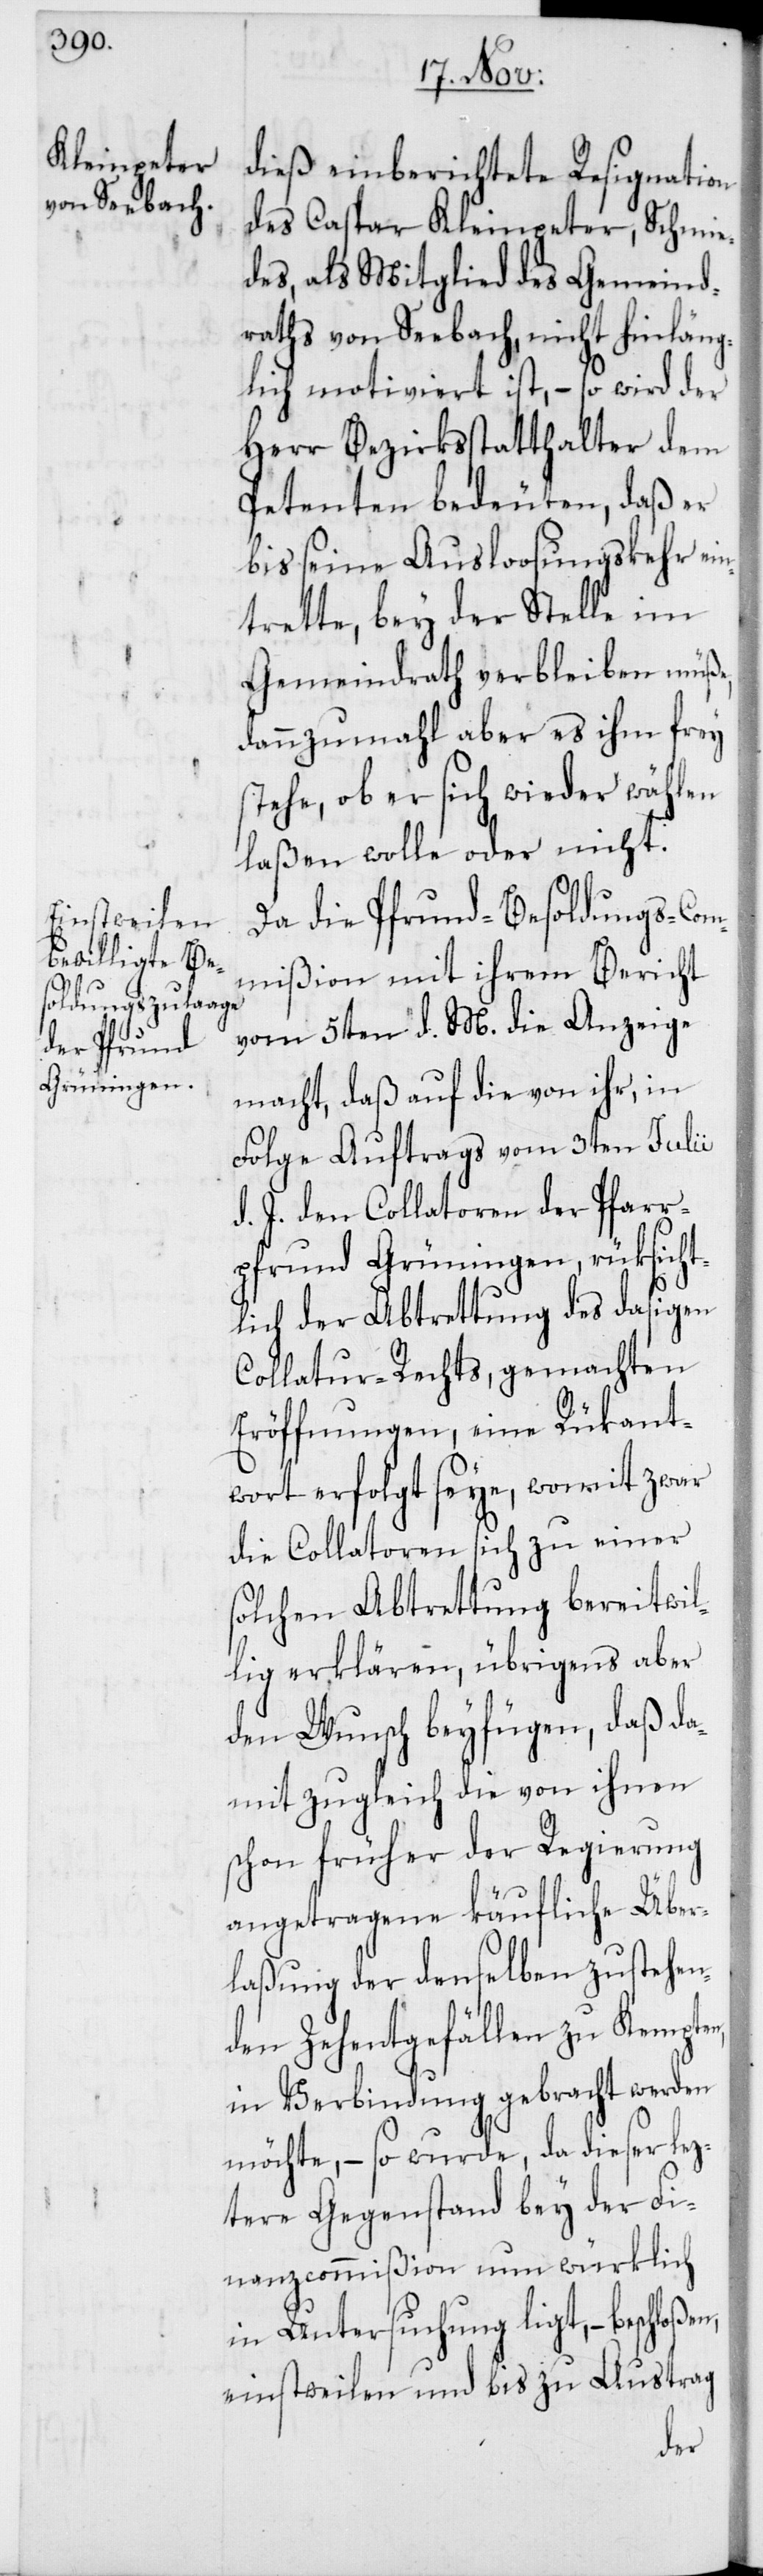
dieß einberichtete Resignation
des Caspar Kleinpeter, Schmie¬
des, als Mitglied des Gemeind¬
raths von Seebach, nicht hinläng¬
lich motiviert ist, – so wird der
Herr Bezirksstatthalter dem
Petenten bedeuten, daß er
bis seine Ausloosungskehr ein¬
trette, bey der Stelle im
Gemeindrath verbleiben müße,
dannzumahl aber es ihm frey
stehe, ob er sich wieder wählen
laßen wolle oder nicht.
Da die Pfrund-Besoldungs-Com¬
mißion mit ihrem Bericht
vom 5ten d. M. die Anzeige
macht, daß auf die von ihr, in
Folge Auftrags vom 3ten Julii
d. J. den Collatoren der Pfarr¬
pfrund Grüningen, rüksicht¬
lich der Abtrettung des dasigen
Collatur-Rechts, gemachten
Eröffnungen, eine Rükant¬
wort erfolgt seye, womit zwar
die Collatoren sich zu einer
solchen Abtrettung bereitwil¬
lig erklären, übrigens aber
den Wunsch beyfügen, daß da¬
mit zugleich die von ihnen
schon früher der Regierung
angetragene käufliche Über¬
laßung der denselben zustehen¬
den Zehentgefällen zu Kempten,
in Verbindung gebracht werden
möchte, – so wurde, da dieser lez¬
tere Gegenstand bey der Fi¬
nanzcommißion nun würklich
in Untersuchung ligt, – beschloß¬
einstweilen und bis zu Austrag
en,